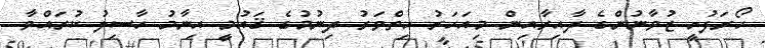
ހޯރަފުށީ ޒުވާނުންގެ ދާއިރާއިން މިއަހަރު ހިތްވަރު ދިނުމުގެ ޤައުމީ އިނާމު ހާސިލު ކުރައްވާ